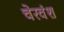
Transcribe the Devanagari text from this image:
चेरवंश